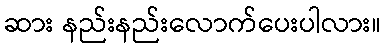
ဆား နည်းနည်းလောက်ပေးပါလား။